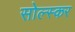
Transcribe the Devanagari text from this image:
सोल्स्कर